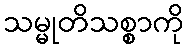
သမ္မုတိသစ္စာကို